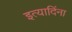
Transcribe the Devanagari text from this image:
इत्यादिंना